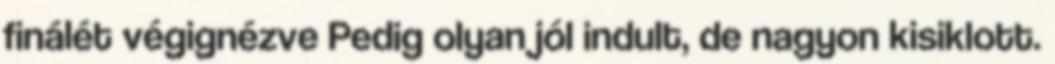
finálét végignézve Pedig olyan jól indult, de nagyon kisiklott.